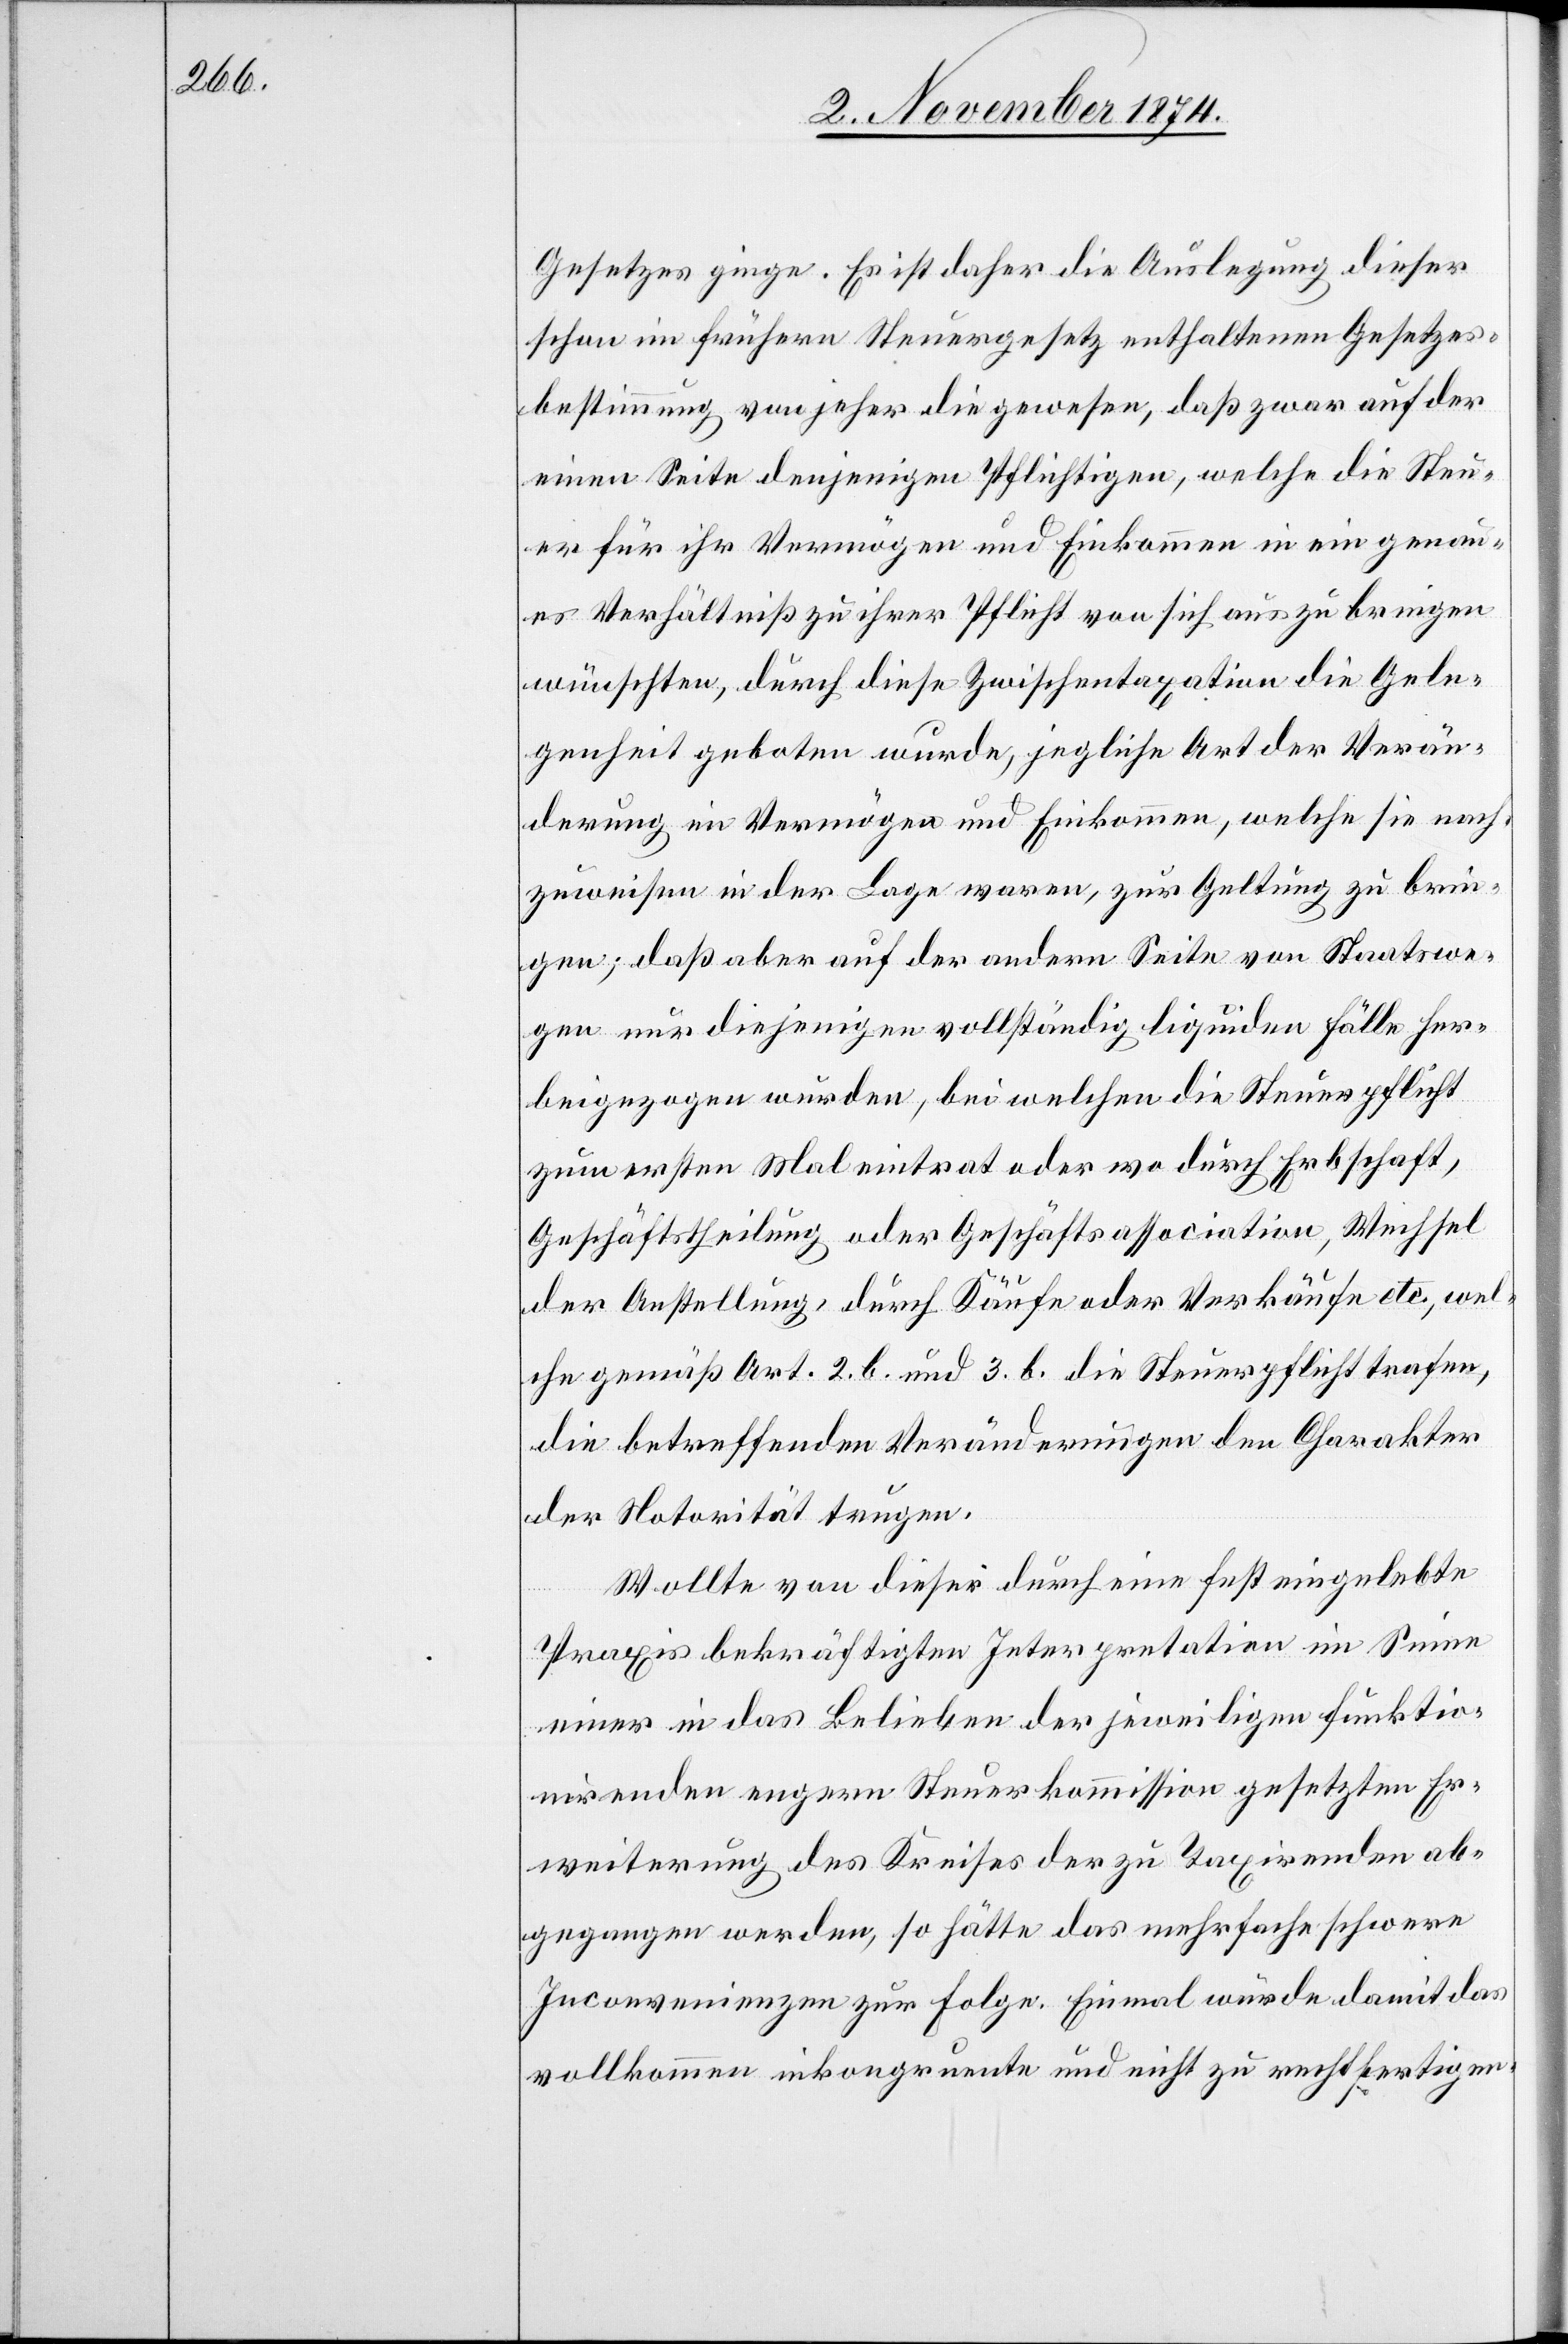
Gesetzes ginge. Es ist daher die Auslegung dieser
schon im frühern Steuergesetz enthaltenen Gesetzes¬
bestimmung von jeher die gewesen, daß zwar auf der
einen Seite denjenigen Pflichtigen, welche die Steu¬
er für ihr Vermögen und Einkommen in ein genau¬
es Verhältniß zu ihrer Pflicht von sich aus zu bringen
wünschten, durch diese Zwischentaxation die Gele¬
genheit geboten wurde, jegliche Art der Verän¬
derung im Vermögen und Einkommen, welche sie nach¬
zuweisen in der Lage waren, zur Geltung zu brin¬
gen; daß aber auf der andern Seite von Staatswe¬
gen nur diejenigen vollständig liquiden Fälle her¬
beigezogen wurden, bei welchen die Steuerpflicht
zum ersten Mal eintrat oder wo durch Erbschaft,
Geschäftstheilung oder Geschäftsassociation, Wechsel
der Anstellung, durch Käufe oder Verkäufe etc., wel¬
che gemäß Art. 2. b. und 3. b. die Steuerpflicht trafen,
die betreffenden Veränderungen den Charakter
der Notorität trugen.
Wollte von dieser durch eine fest eingelebte
Praxis bekräftigten Interpretation im Sinne
einer in das Belieben der jeweiligen funktio¬
nirenden engern Steuerkommission gesetzten Er¬
weiterung des Kreises der zu Taxirenden ab¬
gegangen werden, so hätte das mehrfache schwere
Inconvenienzen zur Folge. Einmal würde damit das
vollkommen inkongruente und nicht zu rechtfertigen-